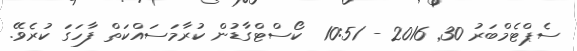
ސެޕްޓެމްބަރު 30